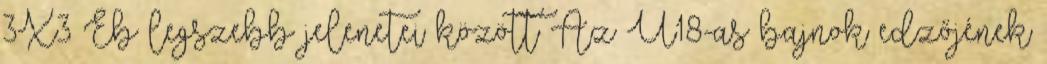
3X3 Eb legszebb jelenetei között Az U18-as bajnok edzőjének